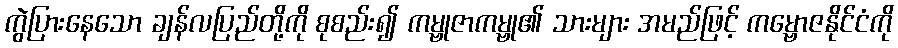
ကွဲပြားနေသော ချန်လပြည်တို့ကို စုစည်း၍ ကမ္ဗုဇာကမ္ဗု၏ သားများ အမည်ဖြင့် ကမ္ဗောဇနိုင်ငံကို